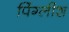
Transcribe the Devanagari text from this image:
पिंग्लीश